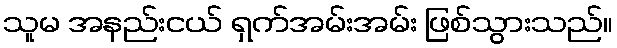
သူမ အနည်းငယ် ရှက်အမ်းအမ်း ဖြစ်သွားသည်။